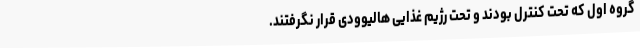
گروه اول که تحت کنترل بودند و تحت رژیم غذایی هالیوودی قرار نگرفتند.